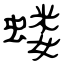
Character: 蝼